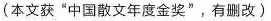
(本文获”中国散文年度金奖”，有删改）